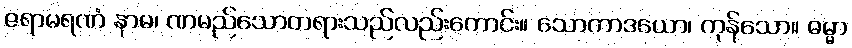
ဇရာမရဏံ နာမ၊ ဏမည်သောတရားသည်လည်းကောင်း။ သောကာဒယော၊ ကုန်သော။ ဓမ္မာ